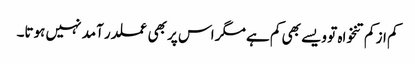
کم از کم تنخواہ تو ویسے بھی کم ہے مگر اس پر بھی عملدر آمد نہیں ہوتا۔